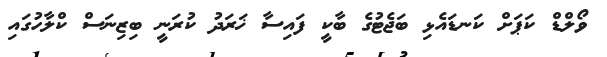
ވޯލްޑް ކަޕަށް ކަނޑައެޅި ބަޖެޓުގެ ބާކީ ފައިސާ ޚަރަދު ކުރަނީ ބިޒިނަސް ކްލާހުގައި